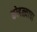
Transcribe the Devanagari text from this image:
कोहळ्याचा